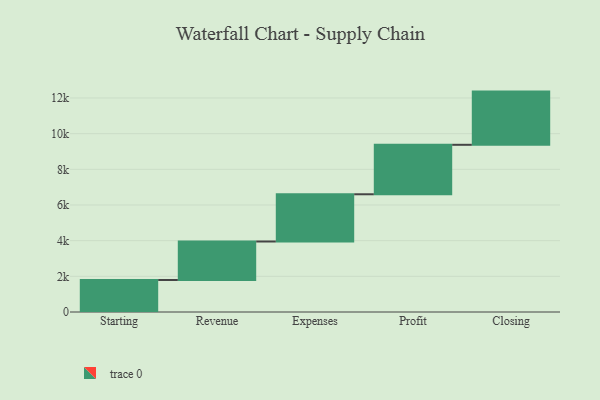
{"axis": {"x": "Step", "y": "Value"}, "legend": [""], "data": [{"x": "Starting", "y": 1794.0, "type": ""}, {"x": "Revenue", "y": 2159.0, "type": ""}, {"x": "Expenses", "y": 2648.0, "type": ""}, {"x": "Profit", "y": 2774.0, "type": ""}, {"x": "Closing", "y": 2983.0, "type": ""}]}